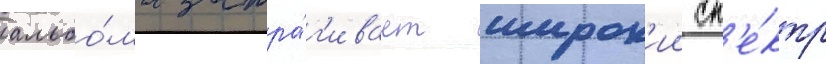
альбо́ма затра́г'ивает широк'ии сп'е́ктр